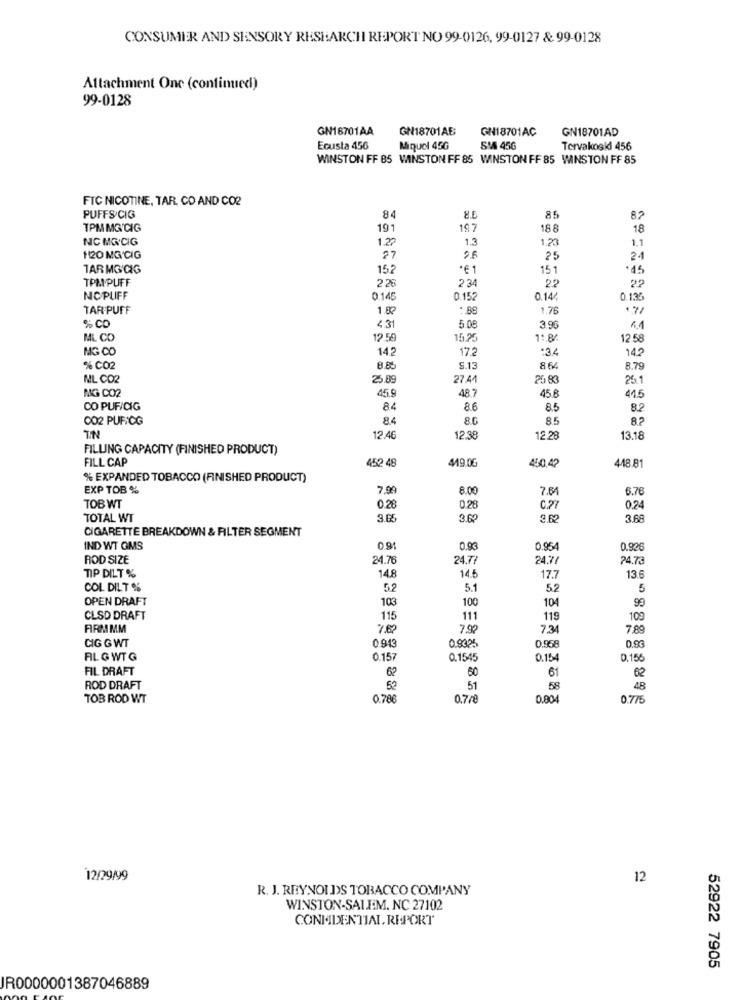
CONSUMER AND SENSORY RESEARCH REPORT NO 99-0126, 99-0127 & 99-0128
Attachment One (continued)
99-0128
GN16701AA
GN18701AB
GN18701AC
GN18701AD
Ecusta 456
Miquel 45G
SM 456
Tervakoski 456
WINSTON FF 85 WINSTON FF 85 WINSTON FF 85 WINSTON FF 85
FIC NICOTINE, TAR. CO AND CO2
PUFFS CIG
84
8.5
85
82
TPM MG/CIG
19
197
18.8
18
NC MG CIG
1.27
1.3
1.2
1.1
1120 MG CIG
25
TAR MG'CIG
152
*€ 1
151
.15
TPMPUFF
2 .26
2 34
22
22
NC PUFF
0.145
0.152
0.14/
0.130
TAR PUFF
1.82
:. 88
1.76
17/
% CO
4.31
5.08
3.96
61
ML CO
12.59
11.8
12.58
MG CO
14.2
17.2
-34
14.2
% CO2
8.8
9.13
864
8.79
ML CO2
25.89
27.44
20 8
251
MG CO2
415
48.7
45.8
CO PUF/CIG
84
8.6
8.5
8.2
002 PUFCG
84
80
85
82
12.46
12.38
12.28
13.18
FILLING CAPACITY (FINISHED PRODUCT)
FILL CAP
452 48
419.06
448.81
450 42
% EXPANDED TOBACCO (FINISHED PRODUCT)
EXP TOB %
7.9
8.00
7.64
6.76
TOBWT
0.28
0.28
0.27
024
TOTAL WT
3.65
3.69
3.68
CIGARETTE BREAKDOWN & FILTER SEGMENT
IND WT GMS
0.91
0.93
0.954
0.926
ROD SIZE
24.76
24.77
24.77
24.73
14.8
13.6
TIP DILT %
14.5
17.7
COL DILT %
5.2
5.1
5.2
5
OPEN DRAFT
103
100
104
99
CLSD DRAFT
115
111
119
109
ARMMM
7.62
73
7.8
CIG G WT
0 913
0.9305
0.96
0.958
ALGWTG
0.157
0.1545
0.154
0.156
FIL DRAFT
6?
60
61
62
ROD DRAFT
51
58
48
TOB ROD WT
0.786
0.7/
0.804
0.775
12/29/99
12
R. J. REYNOLDS TOBACCO COMPANY
WINSTON-SALEM, NC 27102
CONFIDENTIAL. REPORT
52922 7905
JR0000001387046889